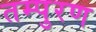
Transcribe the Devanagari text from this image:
तम्पुरण